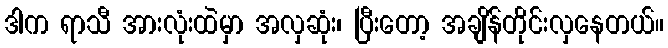
ဒါက ရာသီ အားလုံးထဲမှာ အလှဆုံး၊ ပြီးတော့ အချိန်တိုင်းလှနေတယ်။